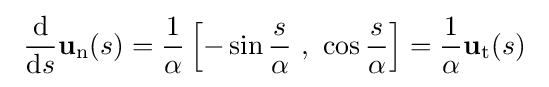
\ {\frac {\mathrm {d} }{\mathrm {d} s}}\mathbf {u} _{\mathrm {n} }(s)={\frac {1}{\alpha }}\left[-\sin {\frac {s}{\alpha }}\ ,\ \cos {\frac {s}{\alpha }}\right]={\frac {1}{\alpha }}\mathbf {u} _{\mathrm {t} }(s)\